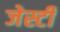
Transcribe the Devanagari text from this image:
जेस्टी